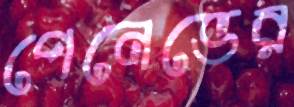
পেনেভের